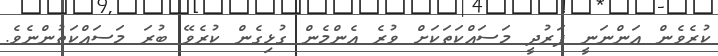
ކުރެވެން އަންނަނީ ފަރުދީ މަސައްކަތަކަށް ވުރެ އެންމެން ގުޅިގެން ކުރެވޭ ބުރަ މަސައްކަތުންނެވެ.